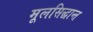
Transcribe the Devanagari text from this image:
मूलसिद्धान्त